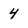
Character: 4